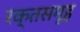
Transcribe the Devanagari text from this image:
रक्तसमूह